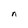
Character: n